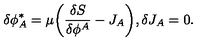
\delta \phi _ { A } ^ { * } = \mu \bigg ( \frac { \delta S } { \delta \phi ^ { A } } - J _ { A } \bigg ) , \delta J _ { A } = 0 .